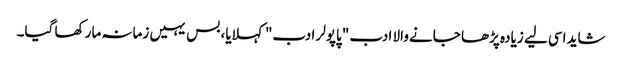
شاید اسی لیے زیادہ پڑھا جانے والا ادب "پاپولر ادب" کہلایا، بس یہیں زمانہ مار کھا گیا۔